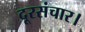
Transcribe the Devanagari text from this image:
दूरसंचार।